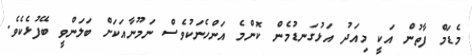
މެޑަމް ފާތުން އަކީ މިއަދު އަޅުގަނޑުމެން ކޮންމެ އަންހެނަކުވެސް ނަމޫނާއަކަށް ބަލަންވީ ބޭފުޅެކެވެ.